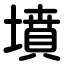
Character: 墳